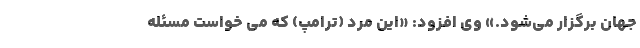
جهان برگزار می‌شود.» وی افزود: «این مرد (ترامپ) که می خواست مسئله